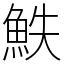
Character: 䱃